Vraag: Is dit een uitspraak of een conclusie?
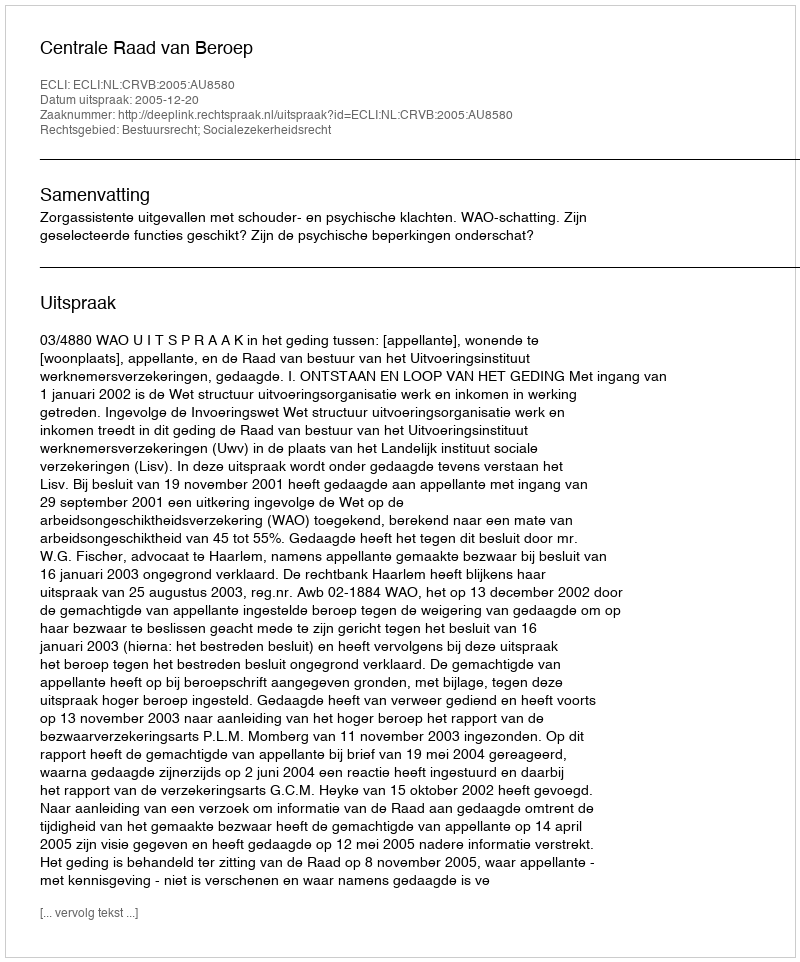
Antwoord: Uitspraak